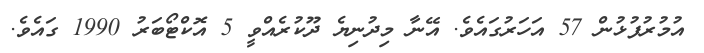
އުމުރުފުޅުން 57 އަހަރުގައެވެ. އޭނާ މިދުނިޔެ ދޫކުރެއްވީ 5 އޮކްޓޯބަރު 1990 ގައެވެ.